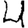
Digit: 4